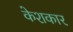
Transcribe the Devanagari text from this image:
केशकार